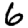
Digit: 6